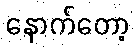
နောက်တော့